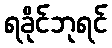
ရခိုင်ဘုရင်